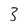
Character: 3